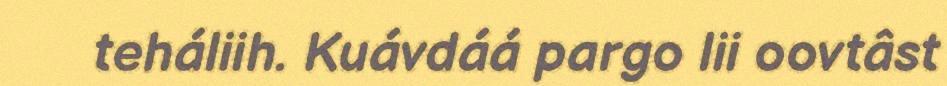
teháliih. Kuávdáá pargo lii oovtâst